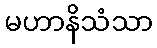
မဟာနိသံသာ